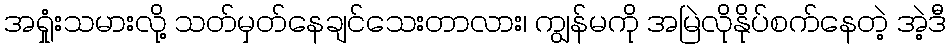
အရှုံးသမားလို့ သတ်မှတ်နေချင်သေးတာလား၊ ကျွန်မကို အမြဲလိုနိုပ်စက်နေတဲ့ အဲ့ဒီ